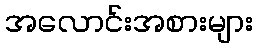
အလောင်းအစားများ